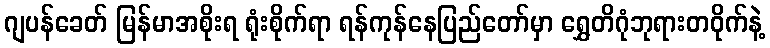
ဂျပန်ခေတ် မြန်မာအစိုးရ ရုံးစိုက်ရာ ရန်ကုန်နေပြည်တော်မှာ ရွှေတိဂုံဘုရားတဝိုက်နဲ့